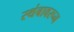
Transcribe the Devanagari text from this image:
स्थंबावरून